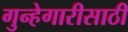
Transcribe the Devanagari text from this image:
गुन्हेगारीसाठी